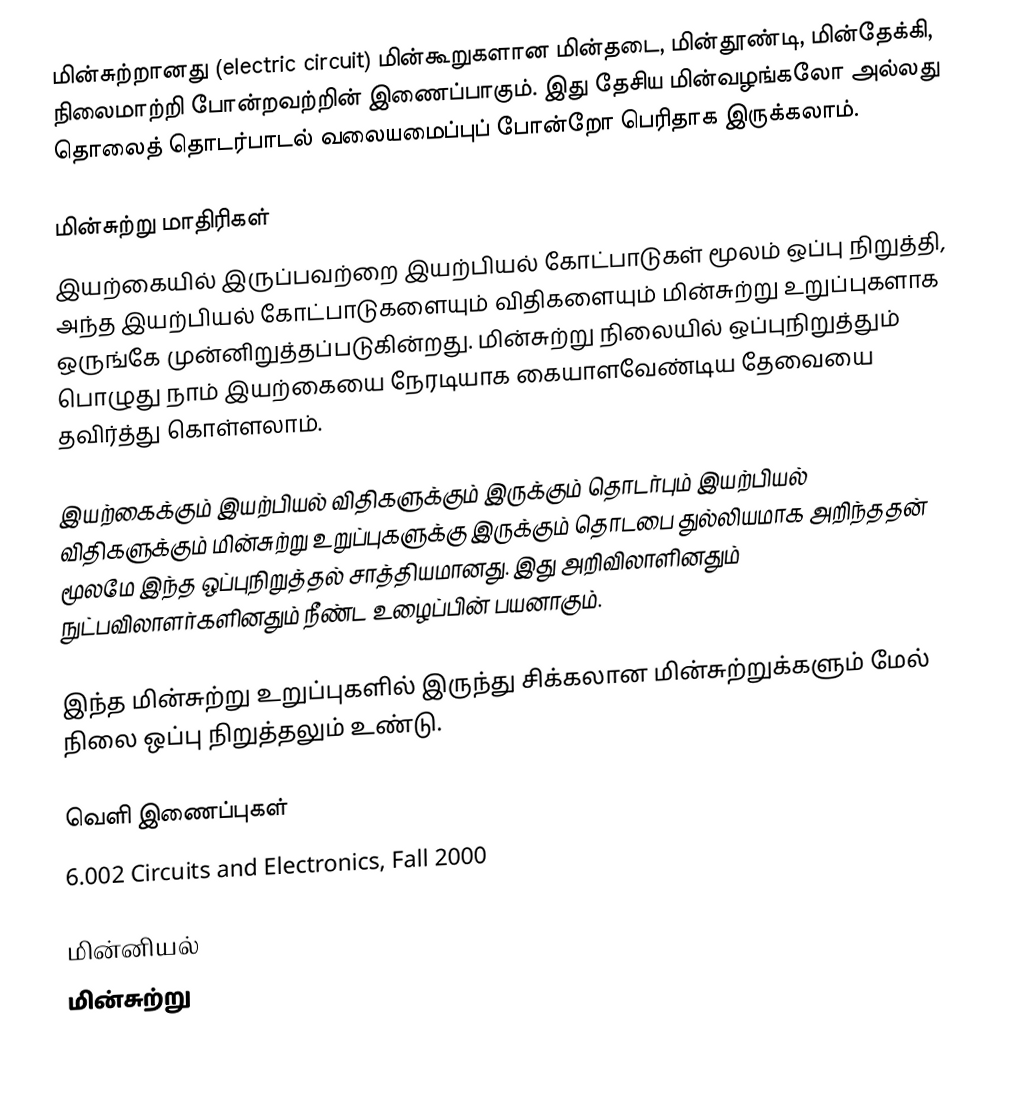
மின்சுற்றானது (electric circuit) மின்கூறுகளான மின்தடை, மின்தூண்டி, மின்தேக்கி, நிலைமாற்றி போன்றவற்றின் இணைப்பாகும். இது தேசிய மின்வழங்கலோ அல்லது தொலைத் தொடர்பாடல் வலையமைப்புப் போன்றோ பெரிதாக இருக்கலாம்.

மின்சுற்று மாதிரிகள்
இயற்கையில் இருப்பவற்றை இயற்பியல் கோட்பாடுகள் மூலம் ஒப்பு நிறுத்தி, அந்த இயற்பியல் கோட்பாடுகளையும் விதிகளையும் மின்சுற்று உறுப்புகளாக ஒருங்கே முன்னிறுத்தப்படுகின்றது. மின்சுற்று நிலையில் ஒப்புநிறுத்தும் பொழுது நாம் இயற்கையை நேரடியாக கையாளவேண்டிய தேவையை தவிர்த்து கொள்ளலாம்.

இயற்கைக்கும் இயற்பியல் விதிகளுக்கும் இருக்கும் தொடர்பும் இயற்பியல் விதிகளுக்கும் மின்சுற்று உறுப்புகளுக்கு இருக்கும் தொடபை துல்லியமாக அறிந்ததன் மூலமே இந்த ஒப்புநிறுத்தல் சாத்தியமானது. இது அறிவிலாளினதும் நுட்பவிலாளர்களினதும் நீண்ட உழைப்பின் பயனாகும்.

இந்த மின்சுற்று உறுப்புகளில் இருந்து சிக்கலான மின்சுற்றுக்களும் மேல் நிலை ஒப்பு நிறுத்தலும் உண்டு.

வெளி இணைப்புகள்
 6.002 Circuits and Electronics, Fall 2000

மின்னியல்
மின்சுற்று